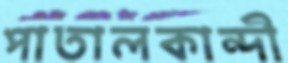
পাতালকান্দী